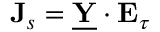
{ \bf J } _ { s } = { \underline { { \bf Y } } } \cdot { \bf E } _ { \tau }